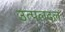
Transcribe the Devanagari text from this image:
उत्पलदल